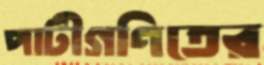
পাটীগণিতের